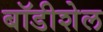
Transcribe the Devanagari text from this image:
बॉडीशेल